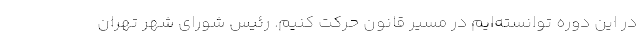
در این دوره توانسته‌ایم در مسیر قانون حرکت کنیم. رئیس شورای شهر تهران